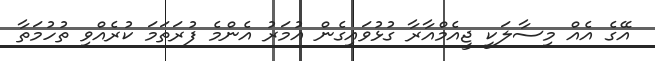
އޭގެ އެއް މިސާލަކީ ޖީއެމްއާރާ ގުޅުވައިގެން އުމަރު އެންމެ ފުރަތަމަ ކުރެއްވި ތުހުމަތާ